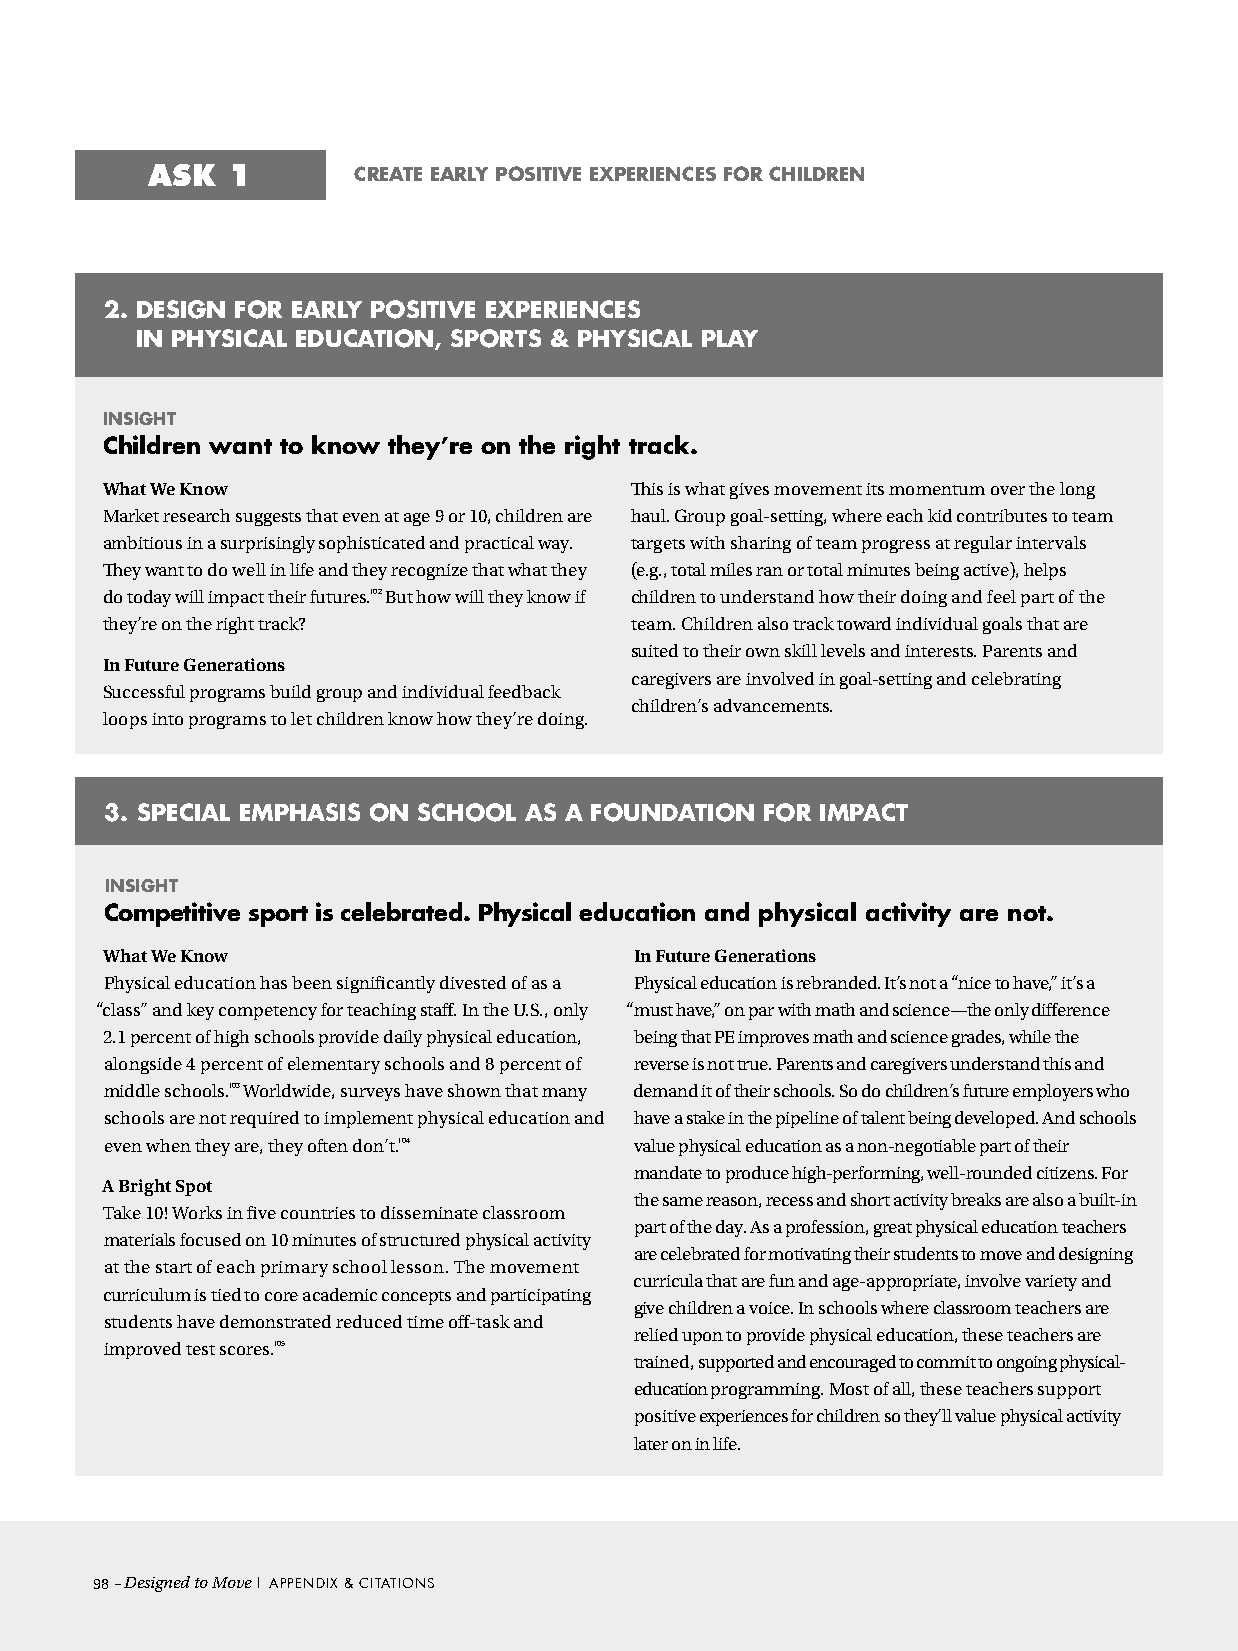
ASK  1       create early positive experiences For children
 2. desiGn For early positive experiences
 in physical edUcation, sports & physical play
 insiGht
 children want to know they’re on the right track.
 What We Know                       This is what gives movement its momentum over the long
 Market research suggests that even at age 9 or 10, children are haul. Group goal-setting, where each kid contributes to team
 ambitious in a surprisingly sophisticated and practical way. targets with sharing of team progress at regular intervals
 They want to do well in life and they recognize that what they (e.g., total miles ran or total minutes being active), helps
 do today will impact their futures.102 But how will they know if children to understand how their doing and feel part of the
 they’re on the right track?        team. Children also track toward individual goals that are
 suited to their own skill levels and interests. Parents and
 In Future Generations
 caregivers are involved in goal-setting and celebrating
 Successful programs build group and individual feedback
 children’s advancements.
 loops into programs to let children know how they’re doing.
 3. special eMphasis on school as a FoUndation For iMpact
 insiGht
 competitive sport is celebrated. physical education and physical activity are not.
 What We Know                       In Future Generations
 Physical education has been significantly divested of as a Physical education is rebranded. It’s not a “nice to have,” it’s a
 “class” and key competency for teaching staff. In the U.S., only “must have,” on par with math and science—the only difference
 2.1 percent of high schools provide daily physical education, being that PE improves math and science grades, while the
 alongside 4 percent of elementary schools and 8 percent of reverse is not true. Parents and caregivers understand this and
 middle schools.103 Worldwide, surveys have shown that many demand it of their schools. So do children’s future employers who
 schools are not required to implement physical education and have a stake in the pipeline of talent being developed. And schools
 even when they are, they often don’t.104 value physical education as a non-negotiable part of their
 mandate to produce high-performing, well-rounded citizens. For
 A Bright Spot
 the same reason, recess and short activity breaks are also a built-in
 Take 10! Works in five countries to disseminate classroom
 part of the day. As a profession, great physical education teachers
 materials focused on 10 minutes of structured physical activity
 are celebrated for motivating their students to move and designing
 at the start of each primary school lesson. The movement
 curricula that are fun and age-appropriate, involve variety and
 curriculum is tied to core academic concepts and participating
 give children a voice. In schools where classroom teachers are
 students have demonstrated reduced time off-task and
 relied upon to provide physical education, these teachers are
 improved test scores.105
 trained, supported and encouraged to commit to ongoing physical-
 education programming. Most of all, these teachers support
 positive experiences for children so they’ll value physical activity
 later on in life.
 98– Designed to Move | Appendix & ciTATions